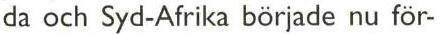
da och Syd-Afrika började nu för-